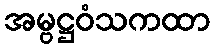
အမ္ဗဋ္ဌဝံသကထာ